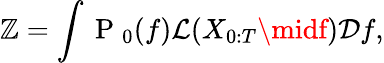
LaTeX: \mathbb{Z}=\int\mathrm{{~P~}}_{0}(f)\mathcal{{L}}(X_{0:T}\midf)\mathcal{{D}}f,